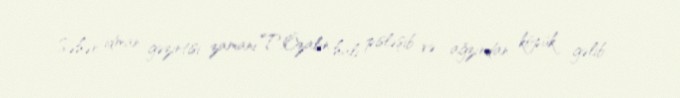
Səhər idman gəzintisi zamanı T.Özalın halı pisləşib və ağzından köpük gəlib.